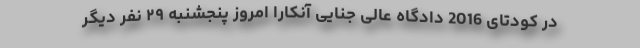
در کودتای 2016 دادگاه عالی جنایی آنکارا امروز پنجشنبه ۲۹ نفر دیگر